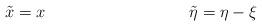
LaTeX: \begin{align*}\tilde{x} &= x & \tilde{\eta} &= \eta - \xi\end{align*}